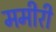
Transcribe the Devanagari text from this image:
ममीरी